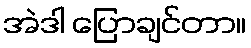
အဲဒါ ပြောချင်တာ။